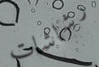
رشاشات